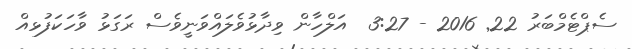
ސެޕްޓެމްބަރު 22